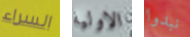
السراء الاولية نبدوا